Scientific memoirs by medical officers of the Army of India - Part V,
Year: 1890
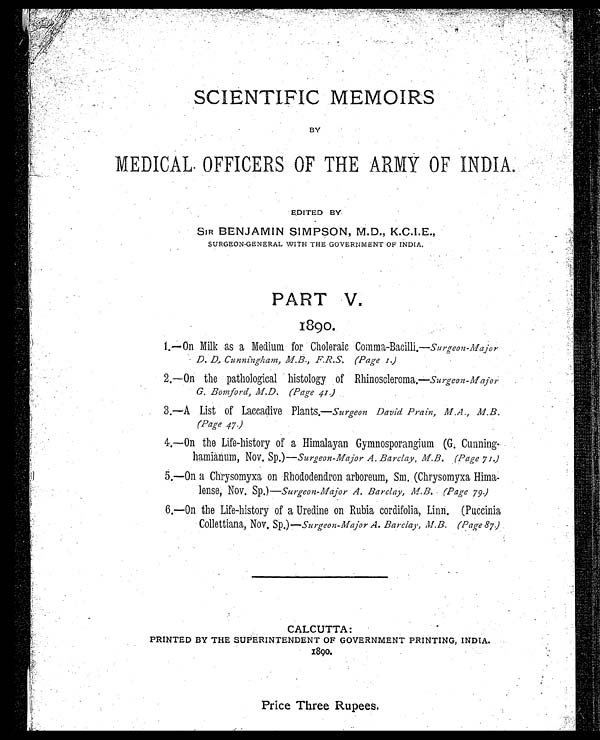
SCIENTIFIC MEMOIRS
BY
MEDICAL OFFICERS OF THE ARMY OF INDIA.
EDITED BY
SIR BENJAMIN SIMPOSON, M.D., K.C.I.E.,
SURGEON-GENERAL WITH THE GOVERNMENT OF INDIA,
PART V.
1890.
1.—On Milk as a Medium for Choleraic Comma-Bacilli.—Surgeon-Major
D. D. Cunningham, M.B., F.R.S. (Page 1.)
2.—On the pathological histology of Rhinoscleroma.—Surgeon-Major
G. Bomford, M.D. (Page 41)
3.
—
A List of Laccadive Plants.—Surgeon David P rain, M.A., M.B.
(Page 47.)
4.—On the Life-history of a Himalayan Gymnosporangium (G. Cunning-
haminum, Nov. Sp.)—Surgeon-Major A. Barclay, M.B. (Page 71)
5.—On a Chrysomyxa on Rhododendron arboreum, Sm. (Chrysomyxa Hima
-
lense, Nov. Sp.)—surgeon-Major A. Barclay, M.B. (Page 79)
6.—On the Life-history of a Uredine on Rubia cordifolia, Linn. (Puccinia
Collettiana, Nov. Sp.)—surgeon-Major A. Barclay, M.B. (page 87) .
CALCUTTA:
PRINTED BY THE SUPERINTENDENT OF GOVERNMENT PRINTING, INDIA.
1890.
Price Three Rupees.
Price Three Rupees.